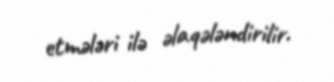
etmələri ilə əlaqələndirilir.